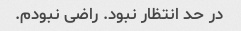
در حد انتظار نبود. راضی نبودم.